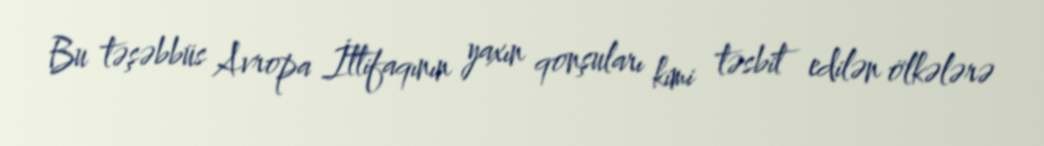
Bu təşəbbüs Avropa İttifaqının yaxın qonşuları kimi təsbit edilən ölkələrə